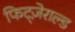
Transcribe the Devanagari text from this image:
फिट्ज़ेराल्ड